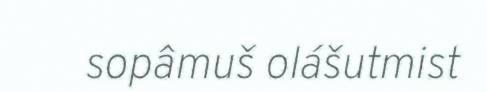
sopâmuš olášutmist